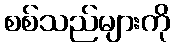
စစ်သည်များကို